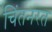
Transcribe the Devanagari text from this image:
चिंतनरत